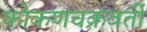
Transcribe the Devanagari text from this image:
कोकणचक्रवर्ती